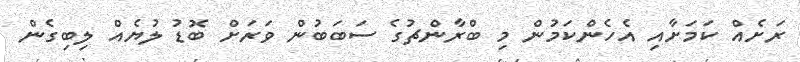
ރަށެއް ކަމަށާއި އެހެންކަމުން މި ބްރާންޗުގެ ސަބަބުން ވަރަށް ބޮޑު ލުޔެއް ލިބިގެން